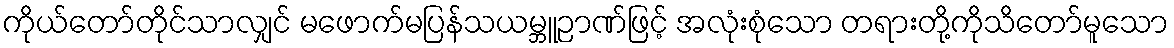
ကိုယ်တော်တိုင်သာလျှင် မဖောက်မပြန်သယမ္ဘူဉာဏ်ဖြင့် အလုံးစုံသော တရားတို့ကိုသိတော်မူသော